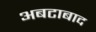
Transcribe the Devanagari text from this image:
अबटाबाद